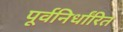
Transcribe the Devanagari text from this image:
पूर्वनिर्धांरित